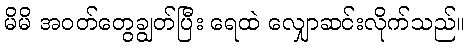
မိမိ အဝတ်တွေချွတ်ပြီး ရေထဲ လျှောဆင်းလိုက်သည်။